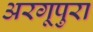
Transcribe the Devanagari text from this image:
अरगूपुरा